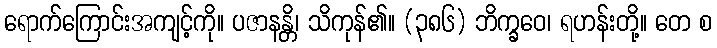
ရောက်ကြောင်းအကျင့်ကို။ ပဇာနန္တိ၊ သိကုန်၏။ (၃၈၆) ဘိက္ခဝေ၊ ရဟန်းတို့။ တေ စ